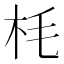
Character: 枆